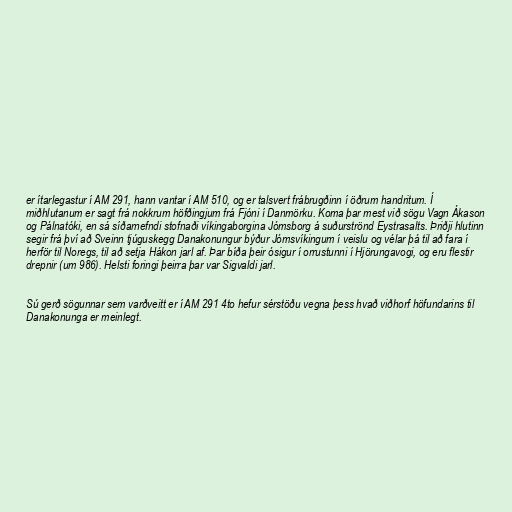
er ítarlegastur í AM 291, hann vantar í AM 510, og er talsvert frábrugðinn í öðrum handritum. Í
miðhlutanum er sagt frá nokkrum höfðingjum frá Fjóni í Danmörku. Koma þar mest við sögu Vagn Ákason
og Pálnatóki, en sá síðarnefndi stofnaði víkingaborgina Jómsborg á suðurströnd Eystrasalts. Þriðji hlutinn
segir frá því að Sveinn tjúguskegg Danakonungur býður Jómsvíkingum í veislu og vélar þá til að fara í
herför til Noregs, til að setja Hákon jarl af. Þar bíða þeir ósigur í orrustunni í Hjörungavogi, og eru flestir
drepnir (um 986). Helsti foringi þeirra þar var Sigvaldi jarl.

Sú gerð sögunnar sem varðveitt er í AM 291 4to hefur sérstöðu vegna þess hvað viðhorf höfundarins til
Danakonunga er meinlegt.